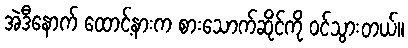
အဲဒီနောက် ထောင့်နားက စားသောက်ဆိုင်ကို ဝင်သွားတယ်။